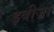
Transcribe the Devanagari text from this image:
इबीज़ा